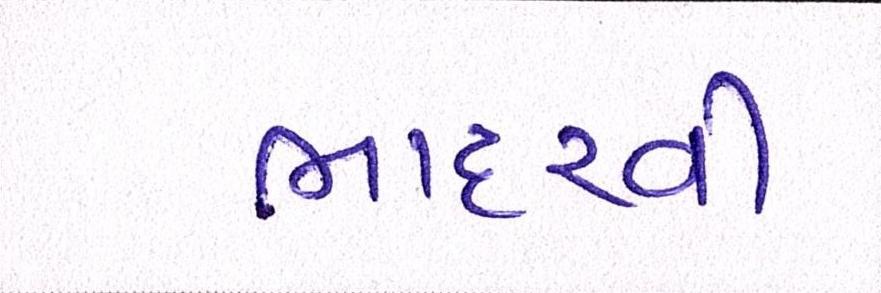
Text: ભાદરવી